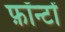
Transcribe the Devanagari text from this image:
फ़ॉन्टों